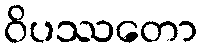
ဝိပဿတော